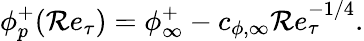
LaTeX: \phi_{p}^{+}(\mathcal{R}e_{\tau})=\phi_{\infty}^{+}-c_{\phi,\infty}\mathcal{R}e_{\tau}^{-1/4}.